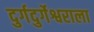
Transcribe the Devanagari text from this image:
दुर्गदुर्गेश्वराला